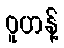
ဝူဟန့်